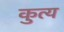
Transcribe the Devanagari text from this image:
कुत्य